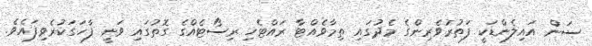
ސަން އައިލެންޑަކީ ފަތުރުވެރިންގެ މެދުގައި ތިމާވެއްޓާ ރައްޓެހި ރިސޯޓެއްގެ ގޮތުގައި ވަނީ ފާހަގަކުރެވިފައެވެ.